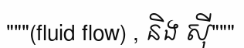
"""(fluid flow) , និង ស៊ី"""